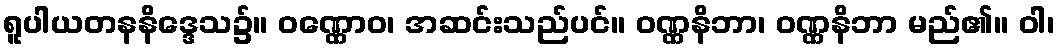
ရူပါယတနနိဒ္ဒေသ၌။ ဝဏ္ဏောဝ၊ အဆင်းသည်ပင်။ ဝဏ္ဏနိဘာ၊ ဝဏ္ဏနိဘာ မည်၏။ ဝါ၊